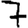
Digit: 7